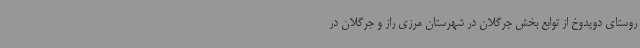
روستای دویدوخ از توابع بخش جرگلان در شهرستان مرزی راز و جرگلان در